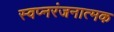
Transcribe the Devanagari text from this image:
स्वप्नरंजनात्मक